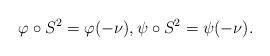
LaTeX: \begin{align*}\varphi\circ S^2 = \varphi(-\nu),\psi \circ S^2 = \psi(-\nu). \end{align*}